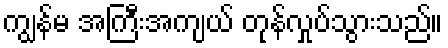
ကျွန်မ အကြီးအကျယ် တုန်လှုပ်သွားသည်။